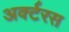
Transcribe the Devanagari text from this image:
अर्क्टरस